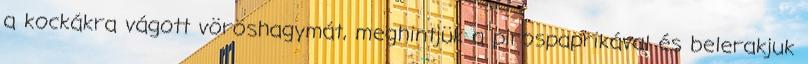
a kockákra vágott vöröshagymát, meghintjük a pirospaprikával és belerakjuk